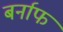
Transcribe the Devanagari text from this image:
बर्नाफ